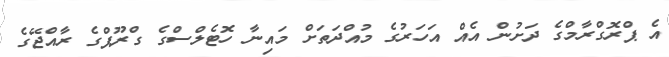
އެ ޕްރޮގްރާމްގެ ދަށުން އެއް އަހަރުގެ މުއްދަތަށް މައިނާ ހޮޓެލްސްގެ ގްރޫޕްގެ ރާއްޖޭގެ